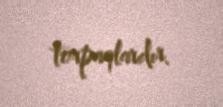
torpaqlardır.